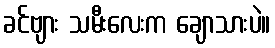
ခင်ဗျား သမီးလေးက ချောသားပဲ။